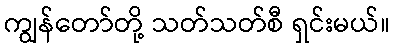
ကျွန်တော်တို့ သတ်သတ်စီ ရှင်းမယ်။